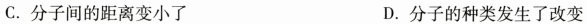
C.分子间的距离变小了 D.分子的种类发生了改变